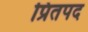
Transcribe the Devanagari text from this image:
प्रितपद